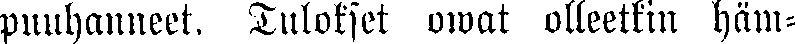
puuhanneet. Tulokset owat olleetkin häm-